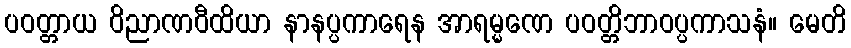
ပဝတ္တာယ ဝိညာဏဝီထိယာ နာနပ္ပကာရေန အာရမ္မဏေ ပဝတ္တိဘာဝပ္ပကာသနံ။ မေတိ